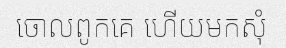
ចោលពូកគេ ហើយមកសុំ